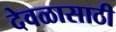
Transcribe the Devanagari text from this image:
देवळासाठी